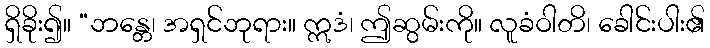
ရှိခိုး၍။ “ဘန္တေ၊ အရှင်ဘုရား။ ဣဒံ၊ ဤဆွမ်းကို။ လူခံဝါတိ၊ ခေါင်းပါး၏